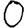
Digit: 0